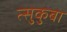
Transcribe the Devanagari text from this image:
त्सुकुबा